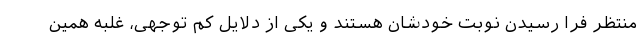
منتظر فرا رسیدن نوبت خودشان هستند و یکی از دلایل کم توجهی، غلبه همین